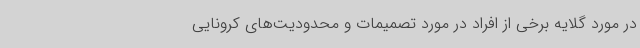
در مورد گلایه برخی از افراد در مورد تصمیمات و محدودیت‌های کرونایی